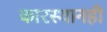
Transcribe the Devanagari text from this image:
कारस्थानही